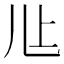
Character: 𰃊